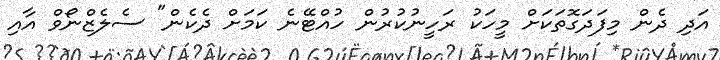
އަދި ދެން މިފަދަގޮތަކަށް މީހަކު ރަހީނުކުރުން ހުއްޓޭނެ ކަމަށް ދެކެން" ސެލެޒްނޯވް އާއި